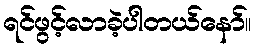
ရင်ဖွင့်လာခဲ့ပါတယ်နော်။